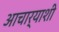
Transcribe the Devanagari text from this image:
आचार्याशी